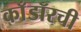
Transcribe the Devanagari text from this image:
काँडॉरची